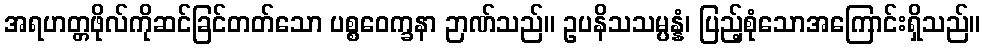
အရဟတ္တဖိုလ်ကိုဆင်ခြင်တတ်သော ပစ္စဝေက္ခနာ ဉာဏ်သည်။ ဥပနိသသမ္ပန္နံ၊ ပြည့်စုံသောအကြောင်းရှိသည်။